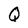
Character: Q